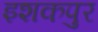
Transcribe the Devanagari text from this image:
इशकपुर